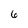
Character: 6